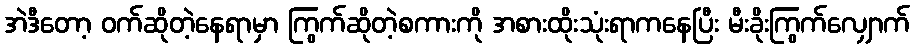
အဲဒီတော့ ဝက်ဆိုတဲ့နေရာမှာ ကြွက်ဆိုတဲ့စကားကို အစားထိုးသုံးရာကနေပြီး မီးခိုးကြွက်လျှောက်